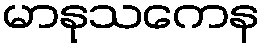
မာနုသကေန